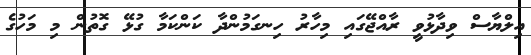
އިލްޔާސް ވިދާޅުވީ ރާއްޖޭގައި މިހާރު ހިނގަމުންދާ ކަންކަމާ ގުޅޭ ގޮތުން މި މަހުގެ